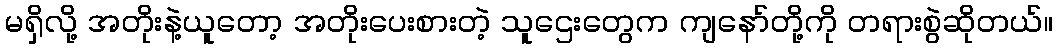
မရှိလို့ အတိုးနဲ့ယူတော့ အတိုးပေးစားတဲ့ သူဌေးတွေက ကျနော်တို့ကို တရားစွဲဆိုတယ်။